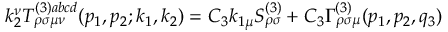
k _ { 2 } ^ { \nu } T _ { \rho \sigma \mu \nu } ^ { ( 3 ) a b c d } ( p _ { 1 } , p _ { 2 } ; k _ { 1 } , k _ { 2 } ) = C _ { 3 } k _ { 1 \mu } S _ { \rho \sigma } ^ { ( 3 ) } + C _ { 3 } \Gamma _ { \rho \sigma \mu } ^ { ( 3 ) } ( p _ { 1 } , p _ { 2 } , q _ { 3 } )